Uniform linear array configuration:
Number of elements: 12
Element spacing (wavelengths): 1
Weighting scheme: hann
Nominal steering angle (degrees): -30
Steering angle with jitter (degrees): -28.903
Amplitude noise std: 0.05
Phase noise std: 0.05

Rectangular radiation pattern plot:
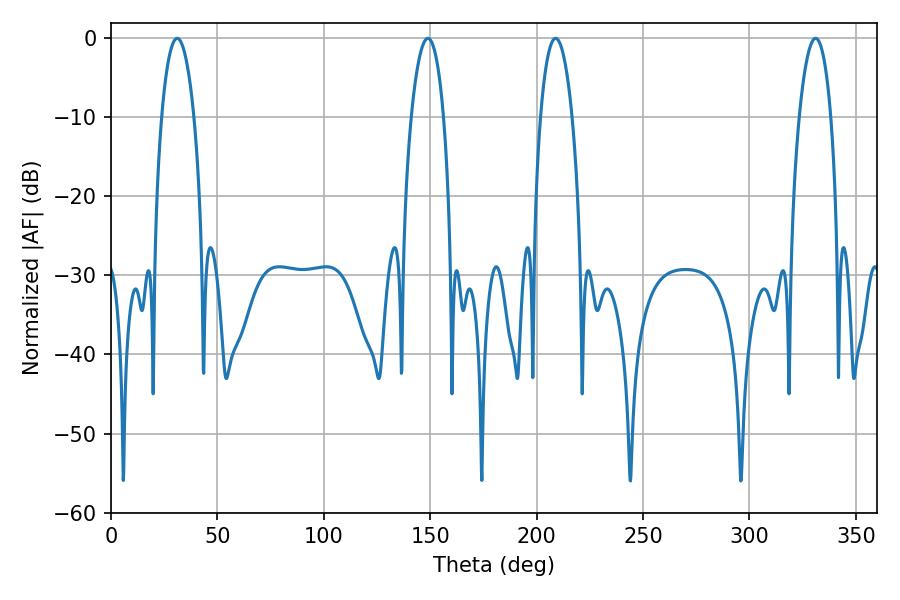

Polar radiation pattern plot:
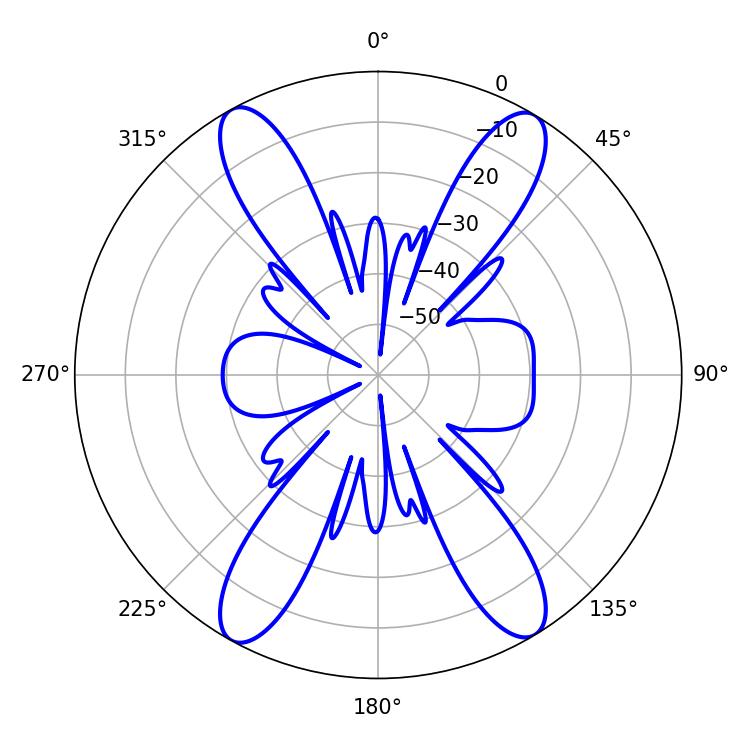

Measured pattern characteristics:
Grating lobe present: TRUE
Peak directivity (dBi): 21.585
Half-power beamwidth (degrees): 8.46
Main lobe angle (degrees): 31.14